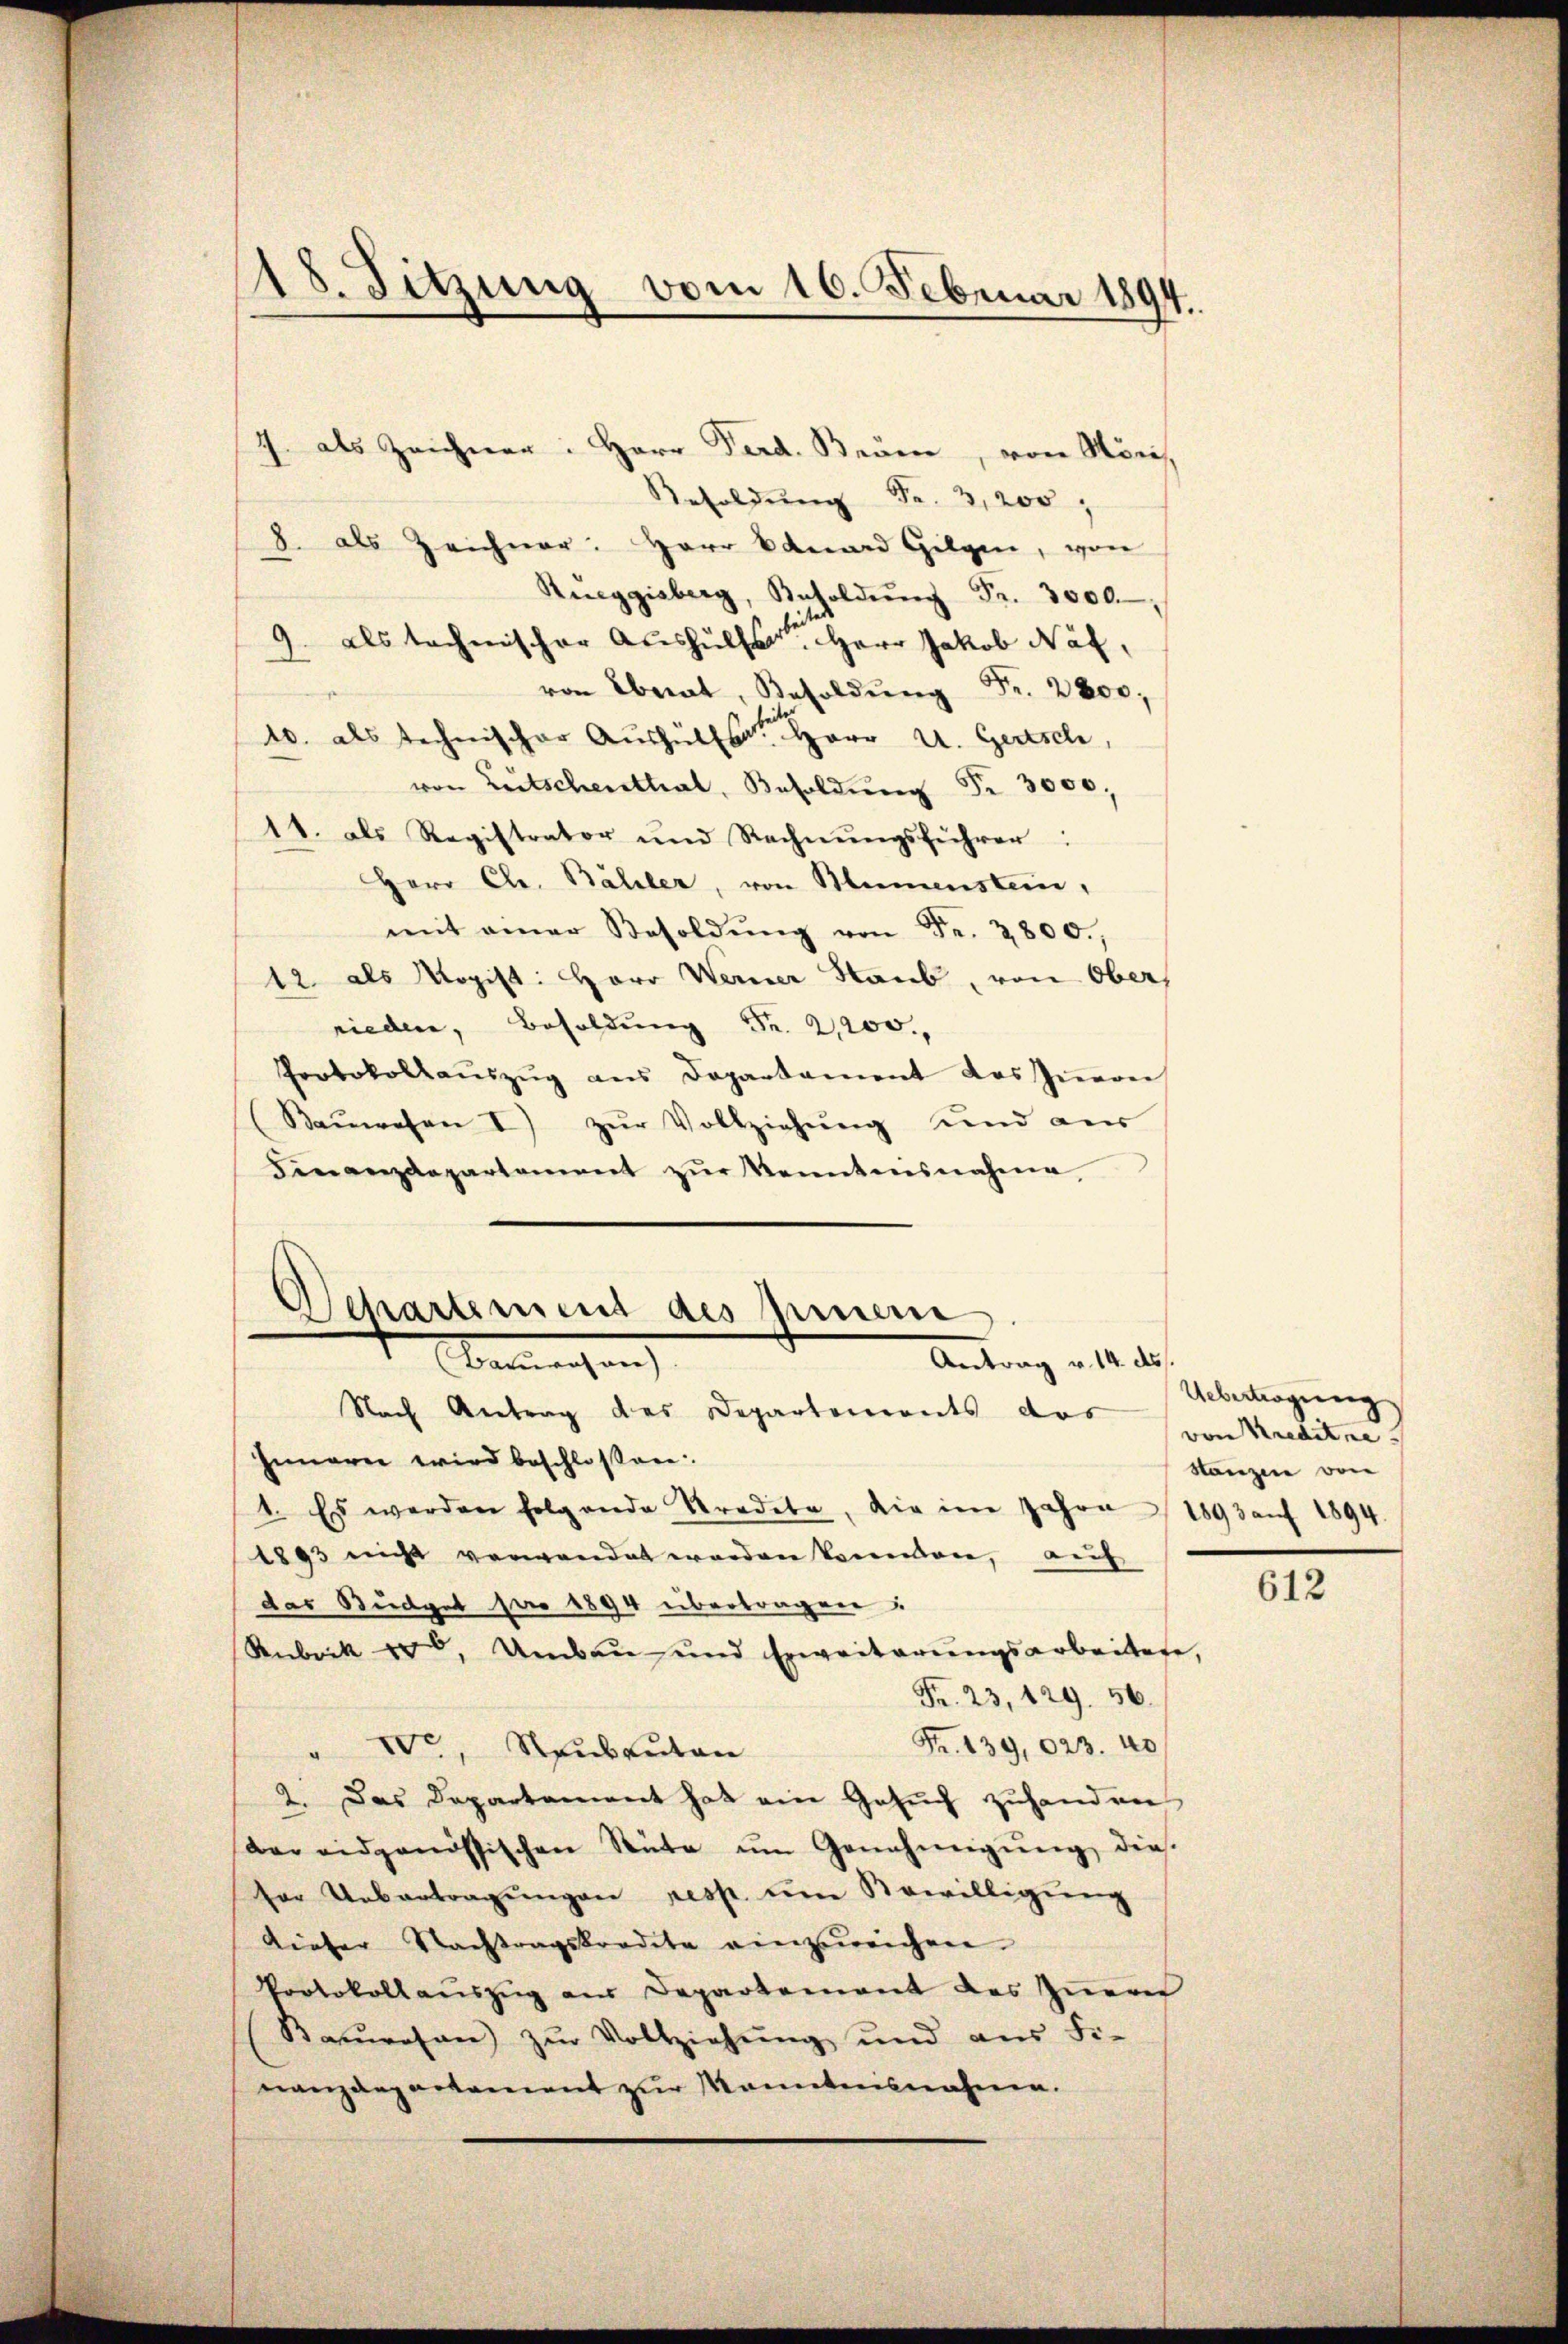
J. als Zeichner: Herr Ferd. Bräm, von Nor
Besoldŭng Fr. 3,200,
8. als Zeichner: Herr Bauard Gilgen, von
Rueggisberg, Besoldŭng Fr. 3000,
9. als technischer Aushülfe Herr Jakob Näf,
von Ebnat, Besoldŭng Fr. 2800;
10. als technischer Aushülfs Herr u. Gertsch,
von Zeitschenthal, Besoldŭng Fr. 3000;
11. als Registrator und Rechnŭngsführer:
Herr Chr. Bähler, von Blumenstein,
mit einer Besoldŭng von Fr. 2800.,
12 als Magist: Herr Werner Staub, von Ober
rieden, Besoldung Fr. 2,200.
Protokollaŭszŭg ans Departament des Iṅern
Bauwesen I) zur Vollziehung und aus
Finanzdepartement zŭr Kenntensnahme

18. Sitzung vom 16. Februar 1894.

Departement des Einem
Antrag v. 14. ds.
Gemachen

Nach Antrag des Departements das erkreditar-
Inneren wird beschlossen:
1. Es werden folgende Kredete, die im Jahre 1893 aŭf 1894.
1893 nicht verwendet werden konnten, auf
das Budget pro 1894 übertragen?
Rubrik 500, Umbau und Erweiterungsarbeitete,
Fr. 23, 129. 56.
Fr. 139,023. 40
" VVr, Raubauten
2. Das Departement hat ein Gesuch zuhanden
der eidgenössischen Rüte um Genehmigŭng dieder Uebertragŭngen resp. um Bewilligung
Kiefer Nachtragskredete einzureichen.
Protokollauszug aus Departement des Iṅern
Baŭwesen) zŭr Vollziehŭng und aŭs Fi-
nanzdepartement zur Manntnisnahme.

Uebertragung
Sanzen von

612